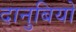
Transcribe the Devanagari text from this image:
दानुबियो